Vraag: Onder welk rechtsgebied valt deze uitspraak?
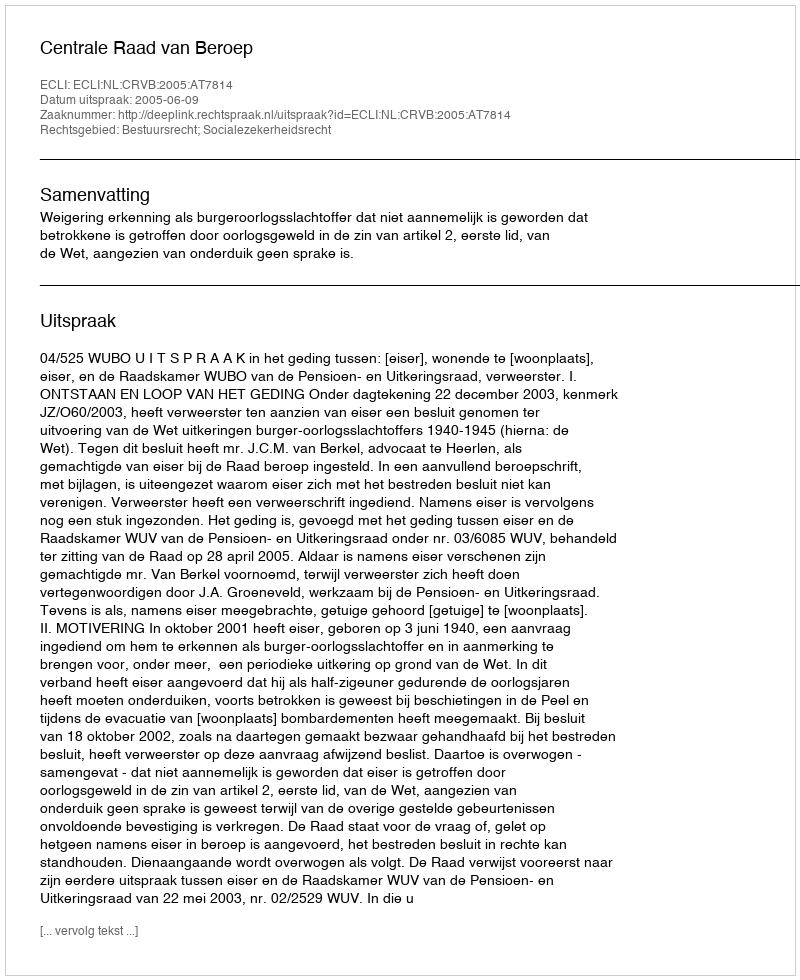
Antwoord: Bestuursrecht; Socialezekerheidsrecht